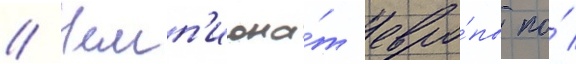
// Чемп'иона́т евро́пы по́